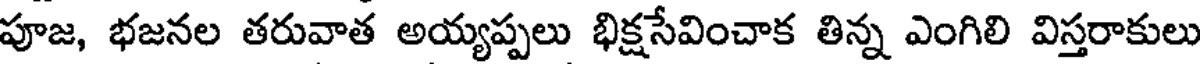
పూజ, భజనల తరువాత అయ్యప్పలు భిక్షసేవించాక తిన్న ఎంగిలి విస్తరాకులు